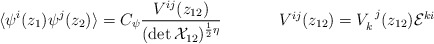
\begin{align*}\begin{array}{cc}\displaystyle{\langle \psi^{i}(z_{1})\psi^{j}(z_{2})\rangle = C_{\psi}\frac{V^{ij}(z_{12})}{(\det {\cal X}_{12})^{\frac{1}{2}\eta}}}~~~~&~~~~V^{ij}(z_{12})=V_{k}^{~j}(z_{12}){\cal E}^{ki}\end{array}\end{align*}